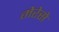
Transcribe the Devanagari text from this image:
मेरेसे